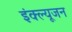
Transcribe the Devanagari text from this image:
इंक्ल्यूजन